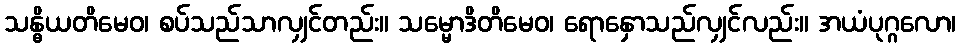
သန္ဓိယတိမေဝ၊ စပ်သည်သာလျှင်တည်း။ သမ္မောဒိတိမေဝ၊ ရောနှောသည်လျှင်လည်း။ အယံပုဂ္ဂလော၊